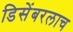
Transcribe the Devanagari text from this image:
डिसेंबरलाच